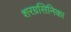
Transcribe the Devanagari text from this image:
शरग्रसिनिका